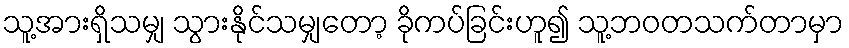
သူ့အားရှိသမျှ သွားနိုင်သမျှတော့ ခိုကပ်ခြင်းဟူ၍ သူ့ဘဝတသက်တာမှာ